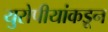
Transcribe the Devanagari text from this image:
युरोपीयांकडून